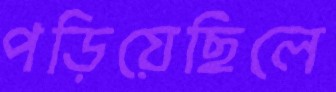
পড়িয়েছিলে